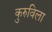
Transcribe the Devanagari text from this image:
कुरुविला